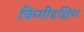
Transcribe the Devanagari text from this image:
किमीदक्षिण